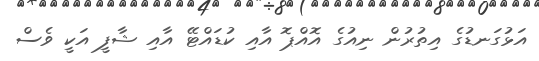
އަޅުގަނޑުގެ އިތުރުން ނިއުގެ އޮއްޕޮ އާއި ކުޑައްޓޭ އާއި ޝާފީ އަކީ ވެސް